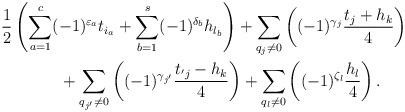
LaTeX: \begin{gather*}{1\over 2}\left(\sum_{a=1}^c (-1)^{\varepsilon_a}t_{i_a}+\sum_{b=1}^s (-1)^{\delta_b}h_{l_b}\right)+\sum_{q_j\not=0} \left((-1)^{\gamma_j}{t_j+ h_k\over 4}\right) \\\qquad{} +\sum_{q_{j'}\not=0} \left((-1)^{\gamma_{j'}}{t_{'j}- h_k\over 4}\right)+ \sum_{q_l\not=0} \left((-1)^{\zeta_l}{h_l\over 4}\right).\end{gather*}